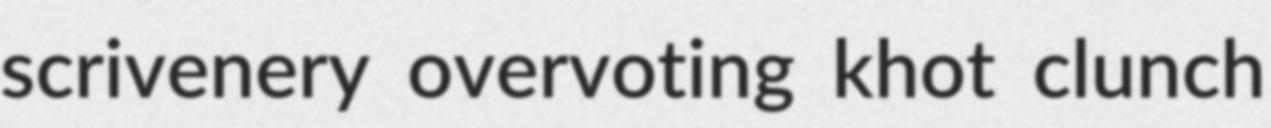
scrivenery overvoting khot clunch